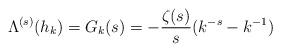
LaTeX: \begin{align*}\Lambda^{(s)}(h_k)=G_k(s) = - \frac{\zeta(s)}{s} (k^{-s} - k^{-1})\end{align*}